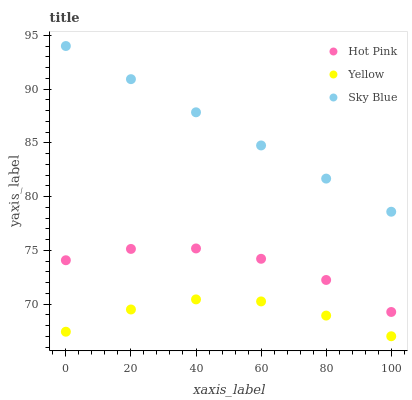
| xaxis_label | Hot Pink | Yellow | Sky Blue |
 | --- | --- | --- | --- |
 | 0 | 74.1 | 67.4 | 94 |
 | 20 | 75.1 | 69.5 | 90.9 |
 | 40 | 75.2 | 70.4 | 87.8 |
 | 60 | 74.2 | 70.2 | 84.7 |
 | 80 | 72.2 | 68.9 | 81.7 |
 | 100 | 69.3 | 67 | 78.6 |